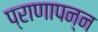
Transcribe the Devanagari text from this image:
प्राणापन्न